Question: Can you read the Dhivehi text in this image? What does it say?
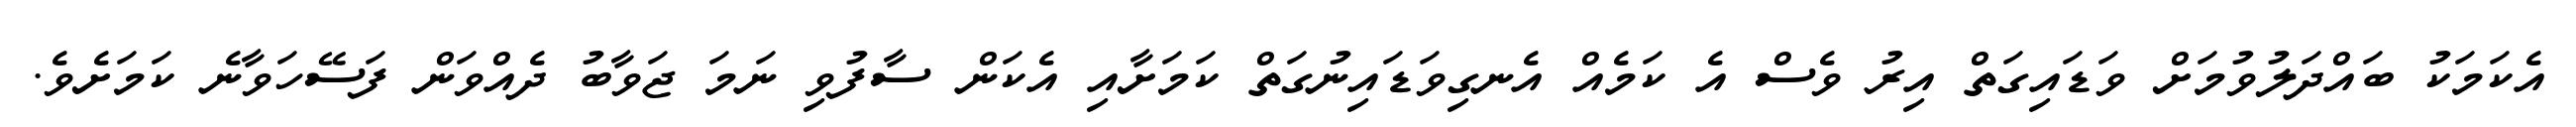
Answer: އެކަމަކު ބައްދަލުވުމަށް ވަޑައިގަތް އިރު ވެސް އެ ކަމެއް އެނގިވަޑައިނުގަތް ކަމަށާއި އެކަން ސާފުވި ނަމަ ޖަވާބު ދެއްވަން ފަސޭހަވާނެ ކަމަށެވެ.